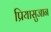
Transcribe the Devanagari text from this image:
प्रियासुजान